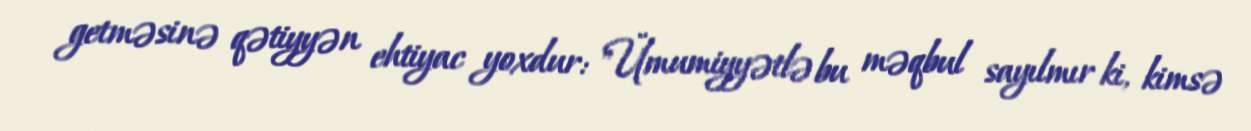
getməsinə qətiyyən ehtiyac yoxdur: "Ümumiyyətlə bu məqbul sayılmır ki, kimsə